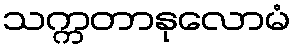
သက္ကတာနုလောမံ